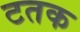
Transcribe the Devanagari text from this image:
टतक